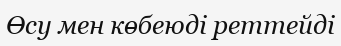
Өсу мен көбеюді реттейді